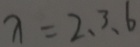
x = 2 、 3 、 6